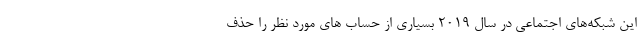
این شبکه‌های اجتماعی در سال 2019 بسیاری از حساب های مورد نظر را حذف